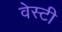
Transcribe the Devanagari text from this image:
वेस्टी